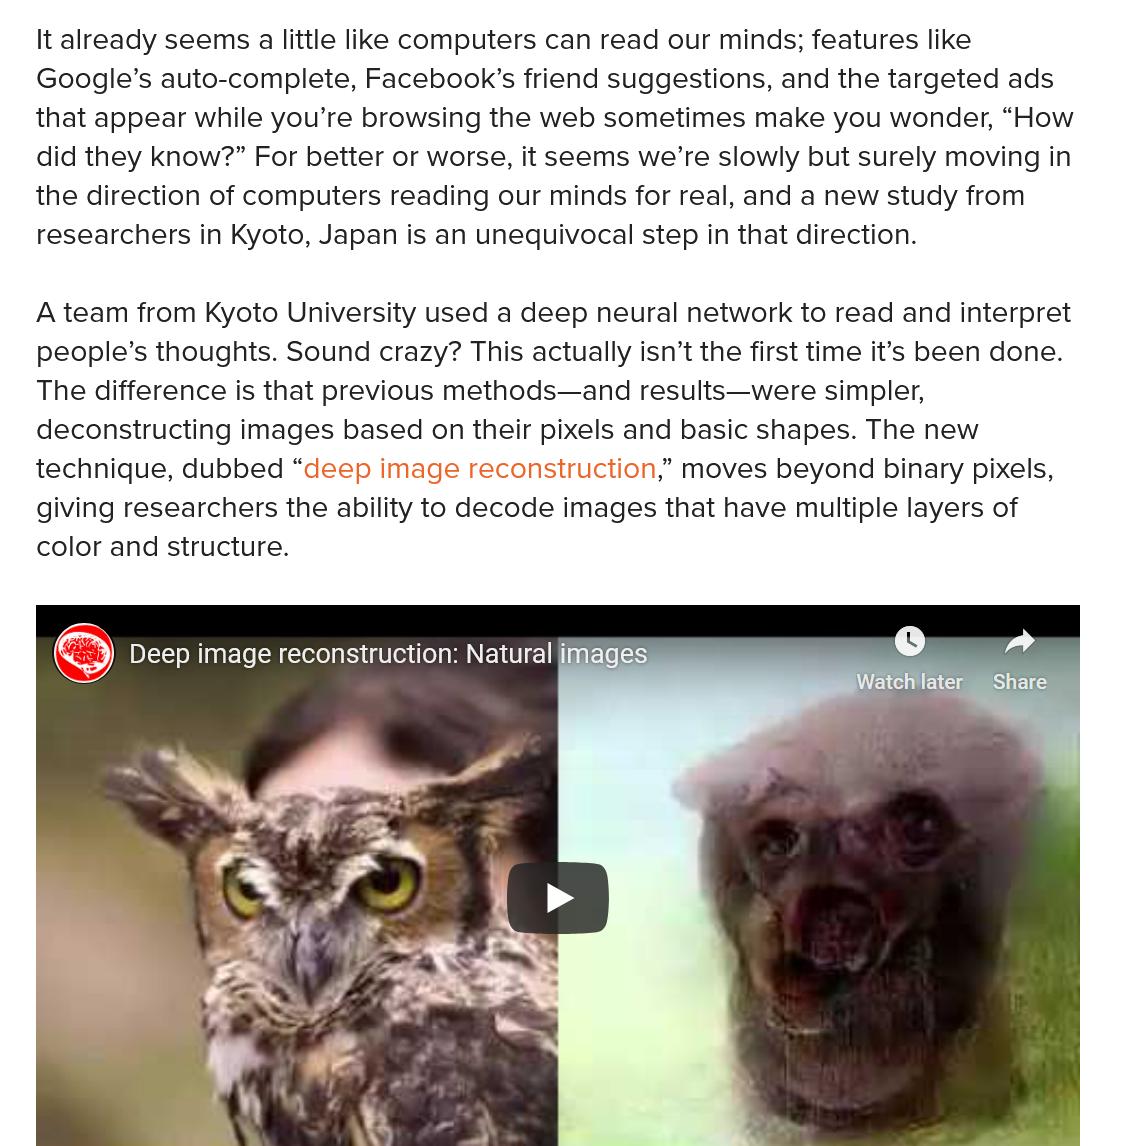
Deep image reconstruction: Natural
   It already seems a little like computers can read our minds; features like
   Google’s auto-complete, Facebook’s friend suggestions, and the targeted ads
   that appear while you’re browsing the web sometimes make you wonder, “How
   did they know?” For better or worse, it seems we’re slowly but surely moving in
   the direction of computers reading our minds for real, and a new study from
   researchers in Kyoto, Japan is an unequivocal step in that direction.
   A team from Kyoto University used a deep neural network to read and interpret
   people’s thoughts. Sound crazy? This actually isn’t the first time it’s been done.
   The difference is that previous methods—and results—were simpler,
   deconstructing images based on their pixels and basic shapes. The new
   technique, dubbed “deep image reconstruction,” moves beyond binary pixels,
   giving researchers the ability to decode images that have multiple layers of
   color and structure.
     Deep image reconstruction: Natural images